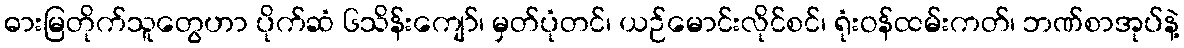
ဓားမြတိုက်သူတွေဟာ ပိုက်ဆံ ၆သိန်းကျော်၊ မှတ်ပုံတင်၊ ယဉ်မောင်းလိုင်စင်၊ ရုံးဝန်ထမ်းကတ်၊ ဘဏ်စာအုပ်နဲ့